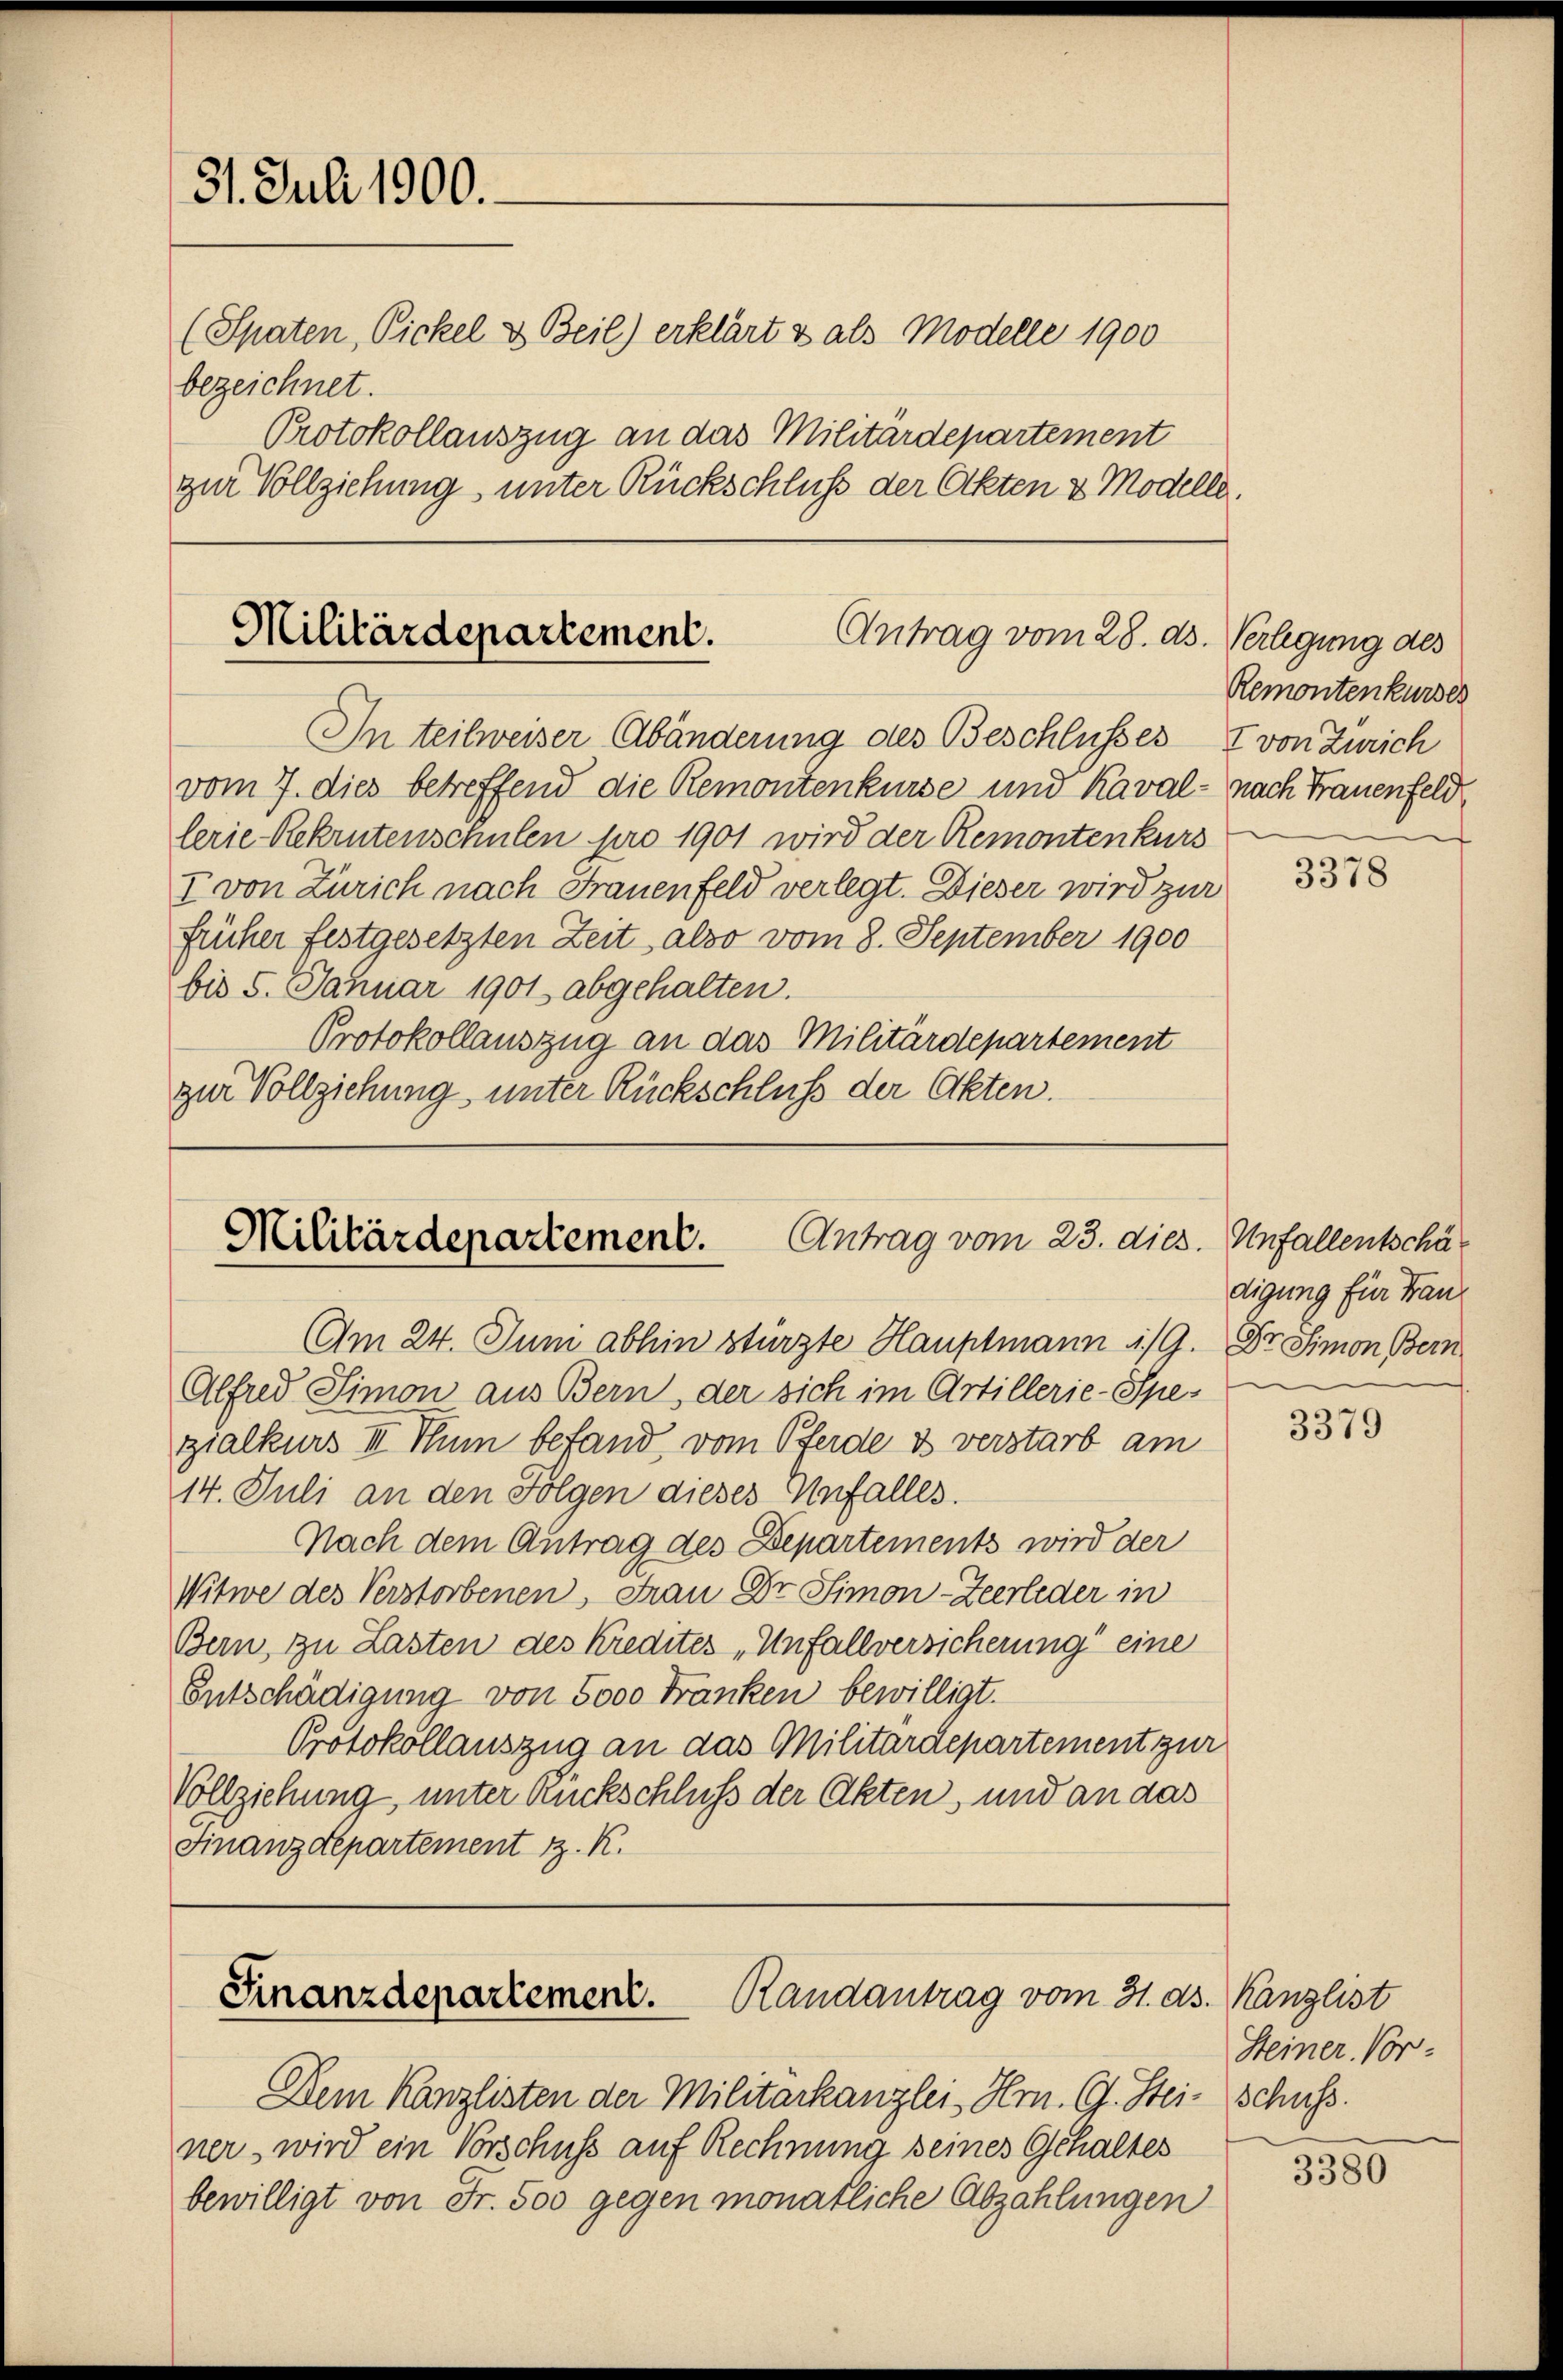
31. Juli 1900.
(Spaten, Pickel & Beil) erklärt & als Modelle 1900
bezeichnet.
Protokollauszug an das Militärdepartement
zur Vollziehung, unter Rückschluß der Akten & Modelle.

Militärdepartement.
Antrag vom 28. ds. Verlegung des
In teilweiser Abänderung des Beschlusses & von Zürich

vom 7. dies betreffend die Remontenkurse und Kaval - nach Frauenfeld
lerie-Rekrutenschulen pro 1901 wird der Remontenkurs
I von Zürich nach Frauenfeld verlegt. Dieser wird zur
früher festgesetzten Zeit also vom 8. September 1900
bis 5. Januar 1901 abgehalten.
Protokollauszug an das Militärdepartement
zur Vollziehung unter Rückschluß der Akten.

Militärdepartement. Antrag vom 23. dies.

Am 24. Juni abhin stürzte Hauptmann 1/9. Dr. Simon Bern
Alfred Simon aus Bern, der sich im Artillerie-Spe-
zialkurs III Thun befand, vom Pferde & verstarb am
14. Juli an den Folgen dieses Unfalles.
Nach dem Antrag des Departements wird der
Witwe des Verstorbenen, Frau Dr. Simon-Zeerleder in
Bern, zu Lasten des Kredites „Unfallversicherung eine
Entschädigung von 5000 Fränken bewilligt.
Protokollauszug an das Militärdepartement zur
Vollziehung, unter Rückschluß der Akten, und an das
Finanzdepartement z. K.

Randantrag vom 31. ds. Kanzlist
Finanzdepartement.

Dem Kanzlisten der Militarkanzlei Hrn. G. Stei- schuss.
ner, wird ein Vorschuss auf Rechnung seines Gehaltes
bewilligt von Fr. 500 gegen monatliche Abzahlungen

Remontenkurses

3378

Unfallentschäf
digung für Franz

3379

Steiner Vor-

3380